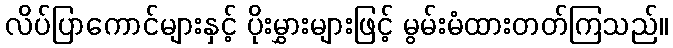
လိပ်ပြာကောင်များနှင့် ပိုးမွှားများဖြင့် မွမ်းမံထားတတ်ကြသည်။